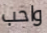
واحب